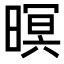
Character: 暝